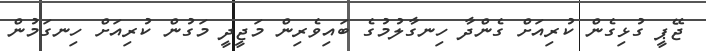
ޖޭޕީ ގުޅިގެން ކުރިއަށް ގެންދާ ހިނގާލުމުގެ ބައިވެރިން މަޖީދީ މަގުން ކުރިއަށް ހިނގަމުން